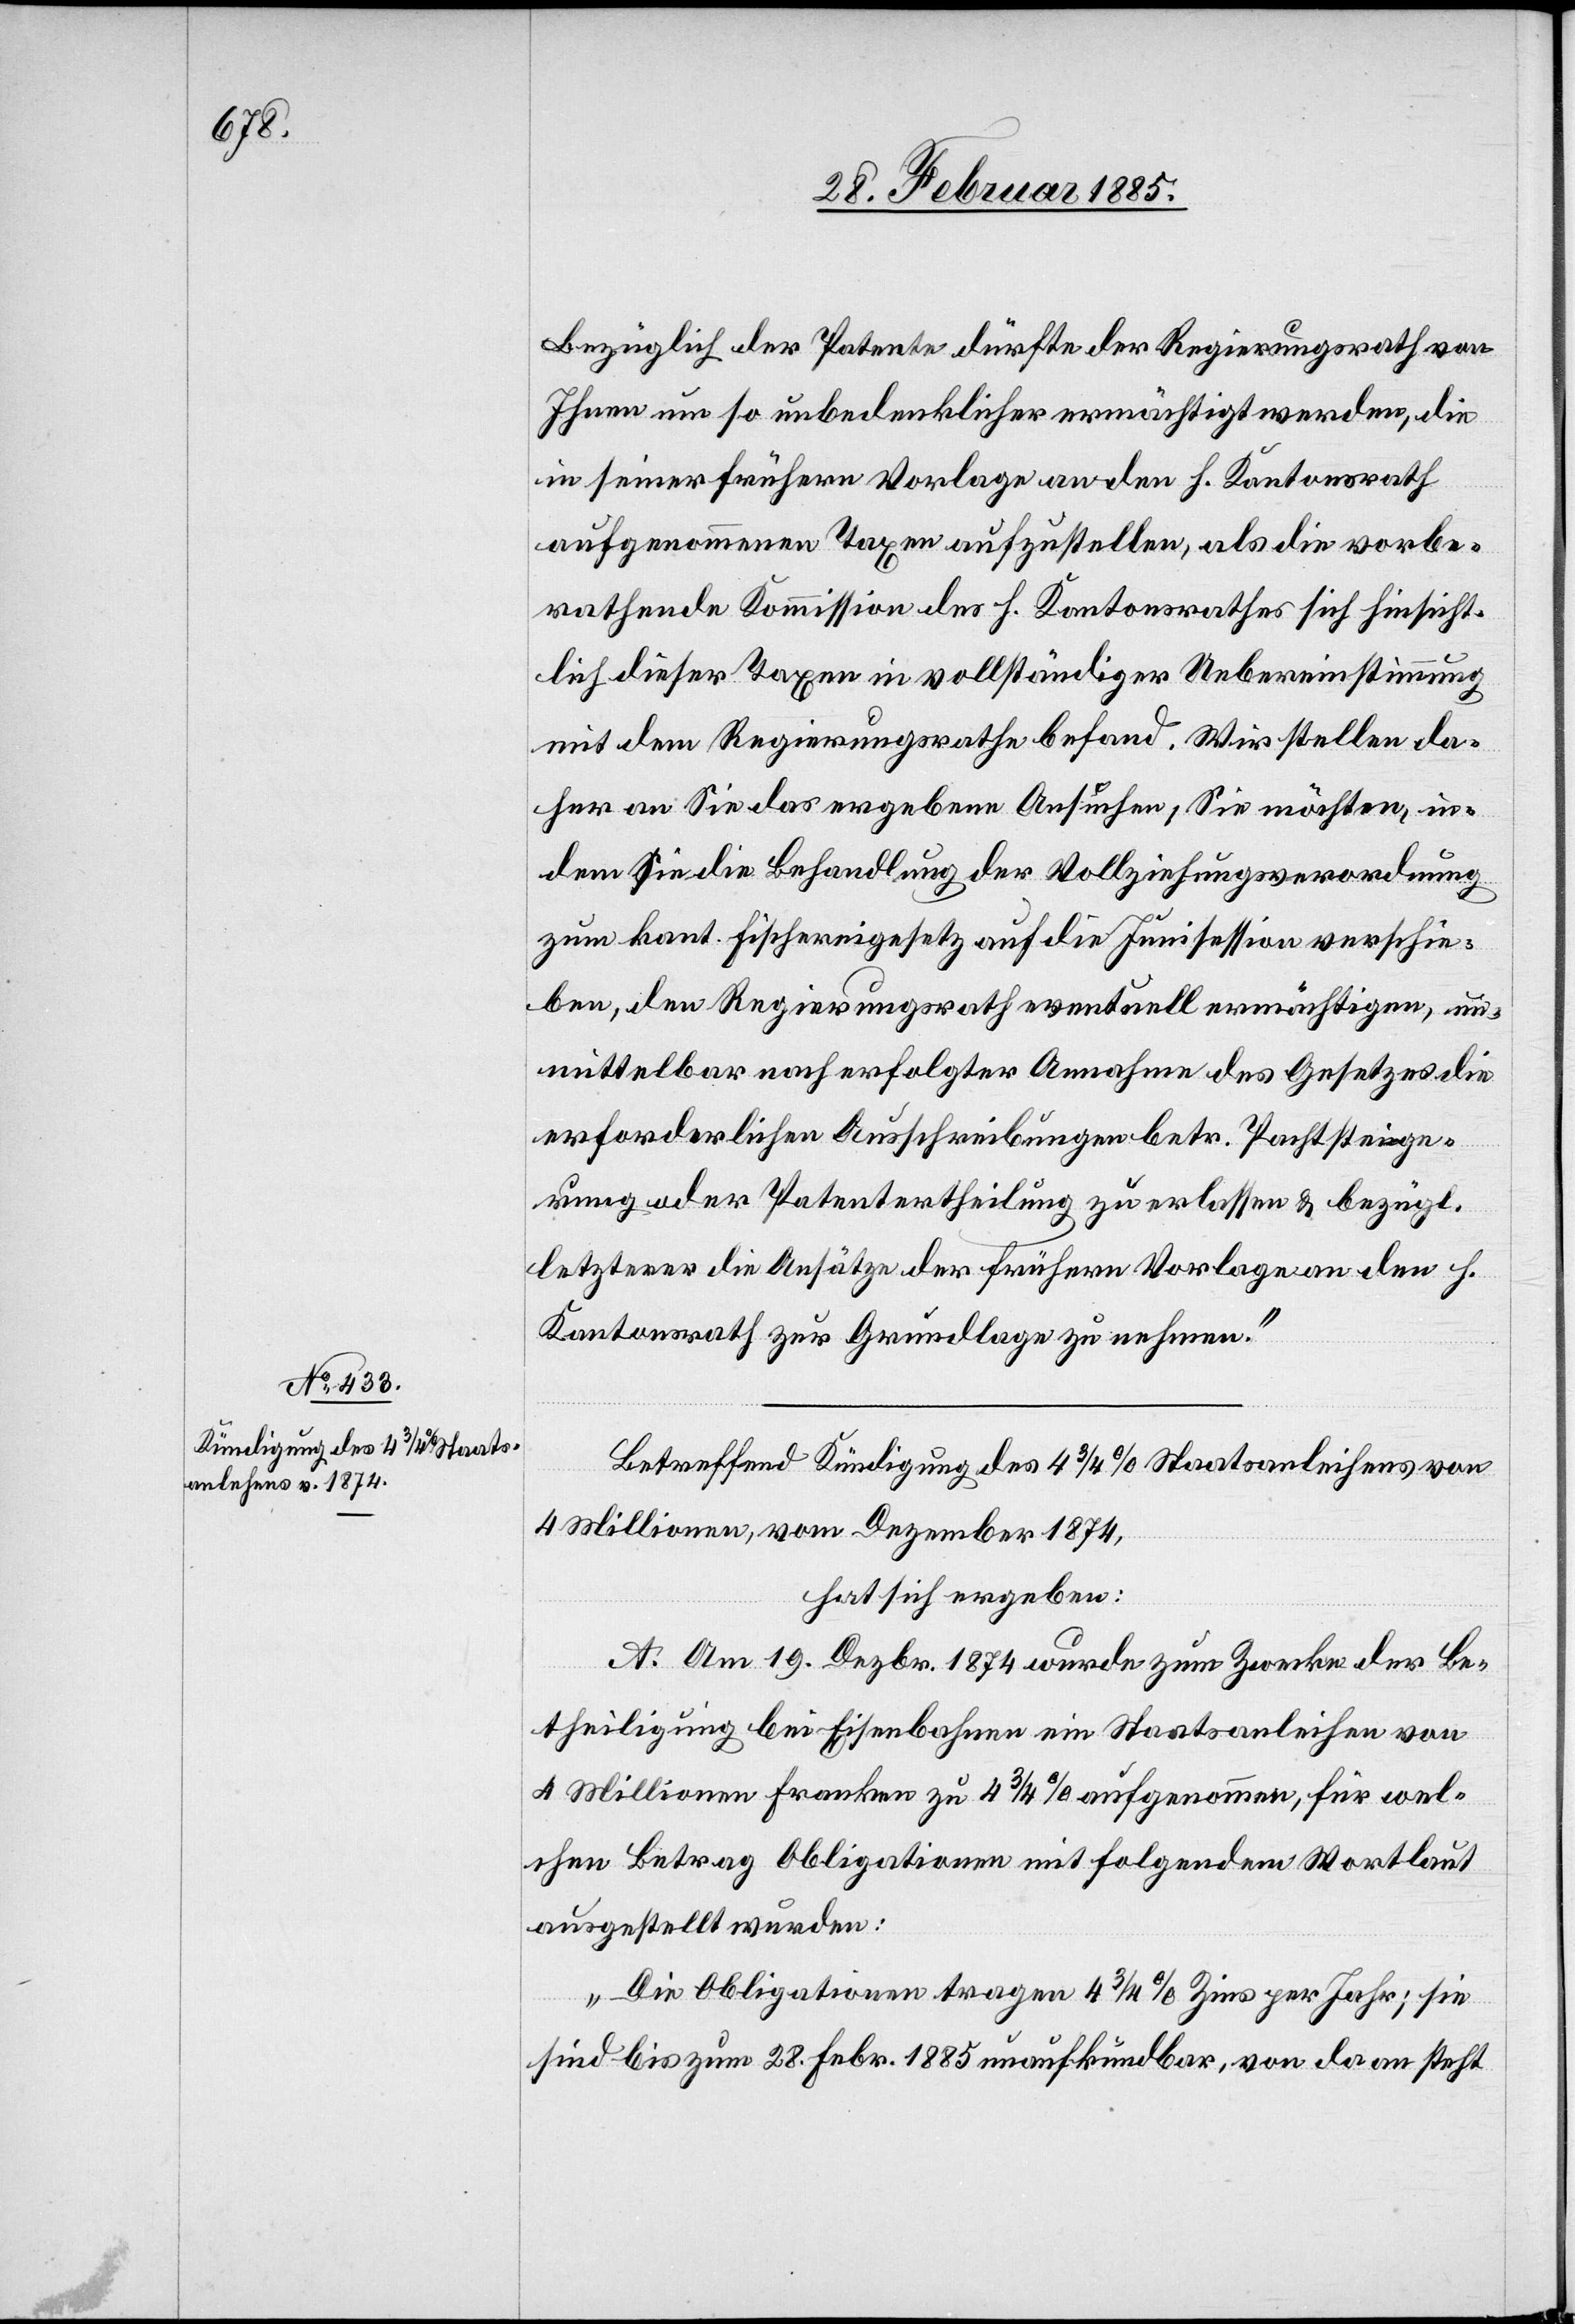
Bezüglich der Patente dürfte der Regierungsrath von
Ihnen um so unbedenklicher ermächtigt werden, die
in seiner frühern Vorlage an den h. Kantonsrath
aufgenommenen Taxen aufzustellen, als die vorbe¬
rathende Kommission des h. Kantonsrathes sich hinsicht¬
lich dieser Taxen in vollständiger Uebereinstimmung
mit dem Regierungsrathe befand. Wir stellen da¬
her an Sie das ergebene Ansuchen, Sie möchten, in¬
dem Sie die Behandlung der Vollziehungsverordnung
zum kant. Fischereigesetz auf die Junisession verschie¬
ben, den Regierungsrath eventuell ermächtigen, un¬
mittelbar nach erfolgter Annahme des Gesetzes die
erforderlichen Ausschreibungen betr. Pachtsteige¬
rung oder Patentertheilung zu erlassen & bezügl.
letzterer die Ansätze der frühern Vorlagen an den h.
Kantonsrath zur Grundlage zu nehmen.“
Betreffend Kündigung des 4 3/4% Staatsanleihens von
4 Millionen, vom Dezember 1874,
hat sich ergeben:
A. Am 19. Dezbr. 1874 wurde zum Zwecke der Be¬
theiligung bei Eisenbahnen ein Staatsanleihen von
4 Millionen Franken zu 4 3/4% aufgenommen, für wel¬
chen Betrag Obligationen mit folgenden Wortlaut
ausgestellt wurden:
„Die Obligationen tragen 4 3/4% Zins per Jahr; sie
sind bis zum 28. Febr. 1885 unaufkündbar, von da an steht